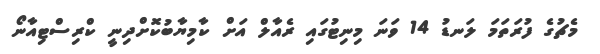
މެޗުގެ ފުރަތަމަ ލަނޑު 14 ވަނަ މިނިޓުގައި ރެއާލް އަށް ކާމިޔާބުކޮށްދިނީ ކްރިސްޓިއާނޯ